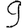
Digit: 9